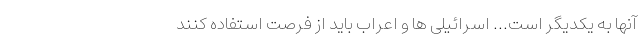
آنها به یکدیگر است... اسرائیلی ها و اعراب باید از فرصت استفاده كنند